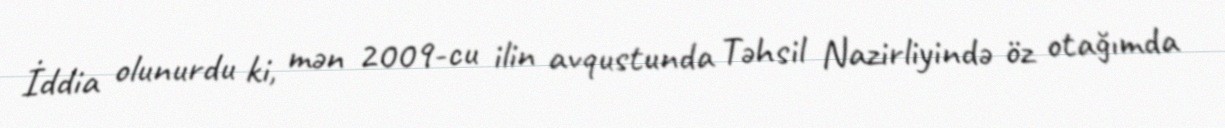
İddia olunurdu ki, mən 2009-cu ilin avqustunda Təhsil Nazirliyində öz otağımda